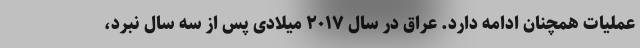
عملیات همچنان ادامه دارد. عراق در سال ۲۰۱۷ میلادی پس از سه سال نبرد،